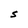
Character: S